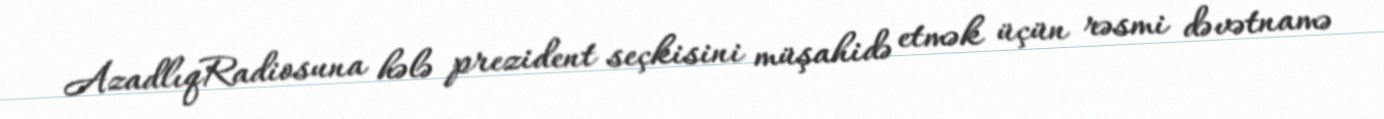
AzadlıqRadiosuna hələ prezident seçkisini müşahidə etmək üçün rəsmi dəvətnamə